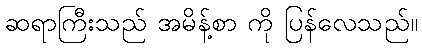
ဆရာကြီးသည် အမိန့်စာ ကို ပြန်လေသည်။